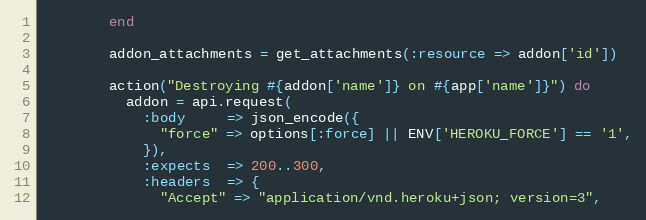
Language: Ruby
        end

        addon_attachments = get_attachments(:resource => addon['id'])

        action("Destroying #{addon['name']} on #{app['name']}") do
          addon = api.request(
            :body     => json_encode({
              "force" => options[:force] || ENV['HEROKU_FORCE'] == '1',
            }),
            :expects  => 200..300,
            :headers  => {
              "Accept" => "application/vnd.heroku+json; version=3",